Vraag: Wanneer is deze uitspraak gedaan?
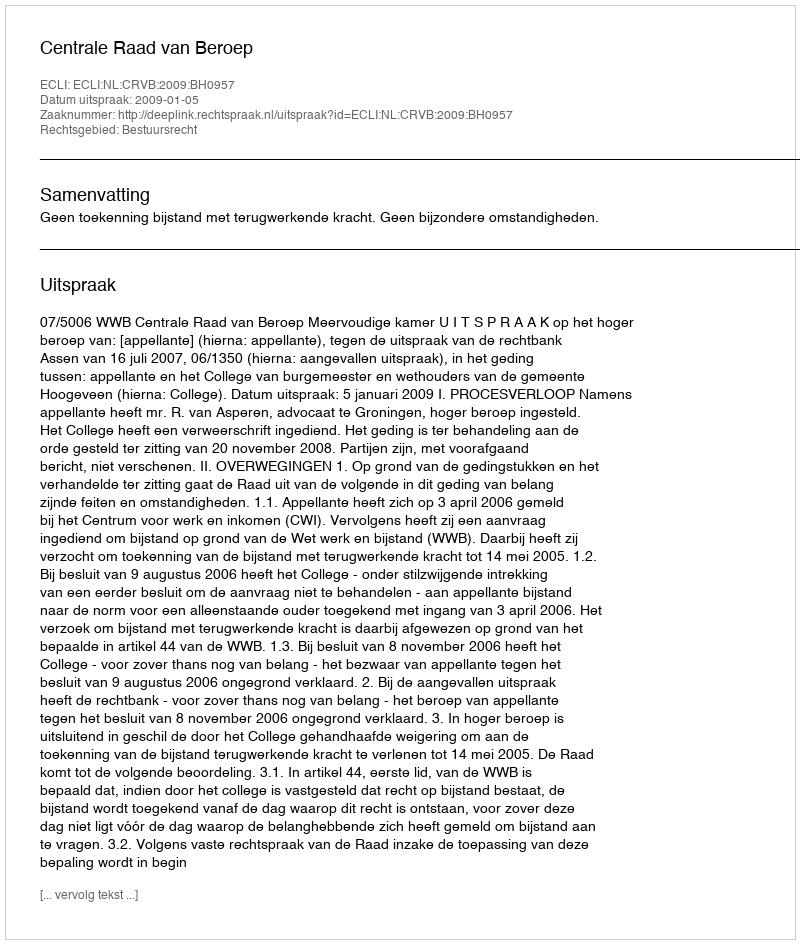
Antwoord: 2009-01-05